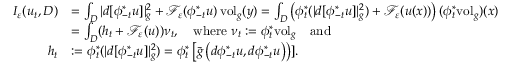
\begin{array} { r l } { I _ { \varepsilon } ( u _ { t } , D ) } & { = \int _ { D } | d [ \phi _ { - t } ^ { * } u ] | _ { g } ^ { 2 } + \mathcal { F } _ { \varepsilon } ( \phi _ { - t } ^ { * } u ) \, \mathrm { v o l } _ { g } ( y ) = \int _ { D } \left( \phi _ { t } ^ { * } ( | d [ \phi _ { - t } ^ { * } u ] | _ { g } ^ { 2 } ) + \mathcal { F } _ { \varepsilon } ( u ( x ) ) \right) ( \phi _ { t } ^ { * } \mathrm { v o l } _ { g } ) ( x ) } \\ & { = \int _ { D } ( h _ { t } + \mathcal { F } _ { \varepsilon } ( u ) ) \nu _ { t } , \quad \mathrm { w h e r e ~ } \nu _ { t } : = \phi _ { t } ^ { * } \mathrm { v o l } _ { g } \quad \mathrm { a n d } } \\ { h _ { t } } & { : = \phi _ { t } ^ { * } ( | d [ \phi _ { - t } ^ { * } u ] | _ { g } ^ { 2 } ) = \phi _ { t } ^ { * } \left[ \bar { g } \left( d \phi _ { - t } ^ { * } u , d \phi _ { - t } ^ { * } u \right) \right) ] . } \end{array}